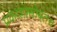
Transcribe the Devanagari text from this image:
प्रकाशासोबतच